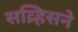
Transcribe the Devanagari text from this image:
सव्र्हिसने